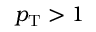
{ p _ { \mathrm { T } } > 1 }